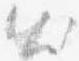
出